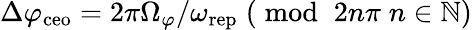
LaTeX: \Delta\varphi_{\mathrm{ceo}}=2\pi\Omega_{\varphi}/\omega_{\mathrm{rep}}\; (\bmod\; 2n\pi\; n\in\mathbb{N})